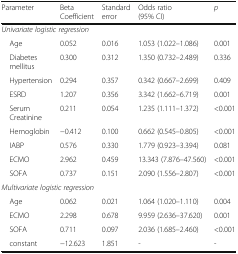
<table><thead><tr><td><b>Parameter</b></td><td><b>Beta Coefficient</b></td><td><b>Standard error</b></td><td><b>Odds ratio (95% CI)</b></td><td><b><i>p</i></b></td></tr></thead><tbody><tr><td colspan="5"><i>Univariate logistic regression</i></td></tr><tr><td> Age</td><td>0.052</td><td>0.016</td><td>1.053 (1.022–1.086)</td><td>0.001</td></tr><tr><td> Diabetes mellitus</td><td>0.300</td><td>0.312</td><td>1.350 (0.732–2.489)</td><td>0.336</td></tr><tr><td> Hypertension</td><td>0.294</td><td>0.357</td><td>0.342 (0.667–2.699)</td><td>0.409</td></tr><tr><td> ESRD</td><td>1.207</td><td>0.356</td><td>3.342 (1.662–6.719)</td><td>0.001</td></tr><tr><td> Serum Creatinine</td><td>0.211</td><td>0.054</td><td>1.235 (1.111–1.372)</td><td>&lt;0.001</td></tr><tr><td> Hemoglobin</td><td>−0.412</td><td>0.100</td><td>0.662 (0.545–0.805)</td><td>&lt;0.001</td></tr><tr><td> IABP</td><td>0.576</td><td>0.330</td><td>1.779 (0.923–3.394)</td><td>0.081</td></tr><tr><td> ECMO</td><td>2.962</td><td>0.459</td><td>13.343 (7.876–47.560)</td><td>&lt;0.001</td></tr><tr><td> SOFA</td><td>0.737</td><td>0.151</td><td>2.090 (1.556–2.807)</td><td>&lt;0.001</td></tr><tr><td colspan="5"><i>Multivariate logistic regression</i></td></tr><tr><td> Age</td><td>0.062</td><td>0.021</td><td>1.064 (1.020–1.110)</td><td>0.004</td></tr><tr><td> ECMO</td><td>2.298</td><td>0.678</td><td>9.959 (2.636–37.620)</td><td>0.001</td></tr><tr><td> SOFA</td><td>0.711</td><td>0.097</td><td>2.036 (1.685–2.460)</td><td>&lt;0.001</td></tr><tr><td> constant</td><td>−12.623</td><td>1.851</td><td>-</td><td>-</td></tr></tbody></table>